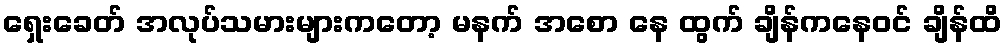
ရှေးခေတ် အလုပ်သမားများကတော့ မနက် အစော နေ ထွက် ချိန်ကနေဝင် ချိန်ထိ